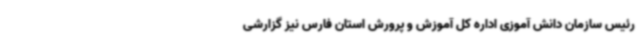
رئیس سازمان دانش آموزی اداره کل آموزش و پرورش استان فارس نیز گزارشی